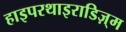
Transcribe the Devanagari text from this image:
हाइपरथाइराडिज़्म